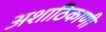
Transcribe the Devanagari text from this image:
अशाठिकाणी